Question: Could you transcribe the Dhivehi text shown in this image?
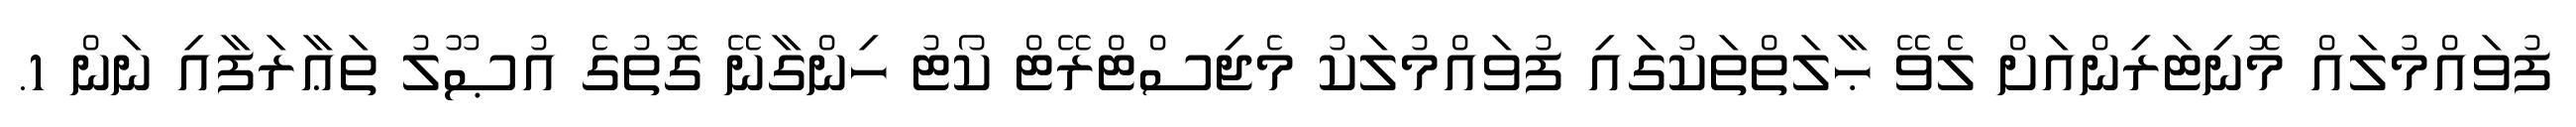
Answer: ފުވައްމުލައް މޮނިޓަރިންއަށް ލެވޭ ޙާލަތްތަކުގައި ފުވައްމުލަކު މެޖިސްޓްރޭޓް ކޯޓު ހިންގާނޭ ގޮތުގެ އުޞޫލު ތަޢާރަފާއި ނަން 1.